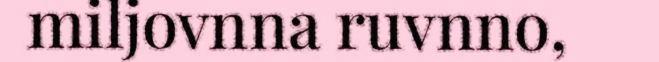
miljovnna ruvnno,